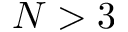
N > 3